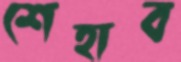
শেহাব